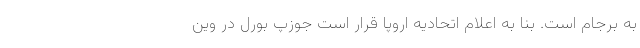
به برجام است. بنا به اعلام اتحادیه اروپا قرار است جوزپ بورل در وین